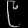
Digit: ၉